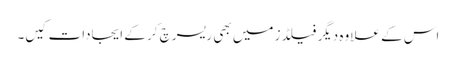
اس کے علاوہ دیگر فیلڈز میں بھی ریسرچ کر کے ایجادات کیں۔